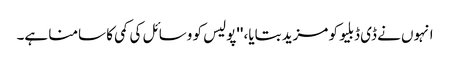
انہوں نے ڈی ڈبلیو کو مزید بتایا، ''پولیس کو وسائل کی کمی کا سامنا ہے۔